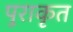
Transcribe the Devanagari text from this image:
पुराकृत